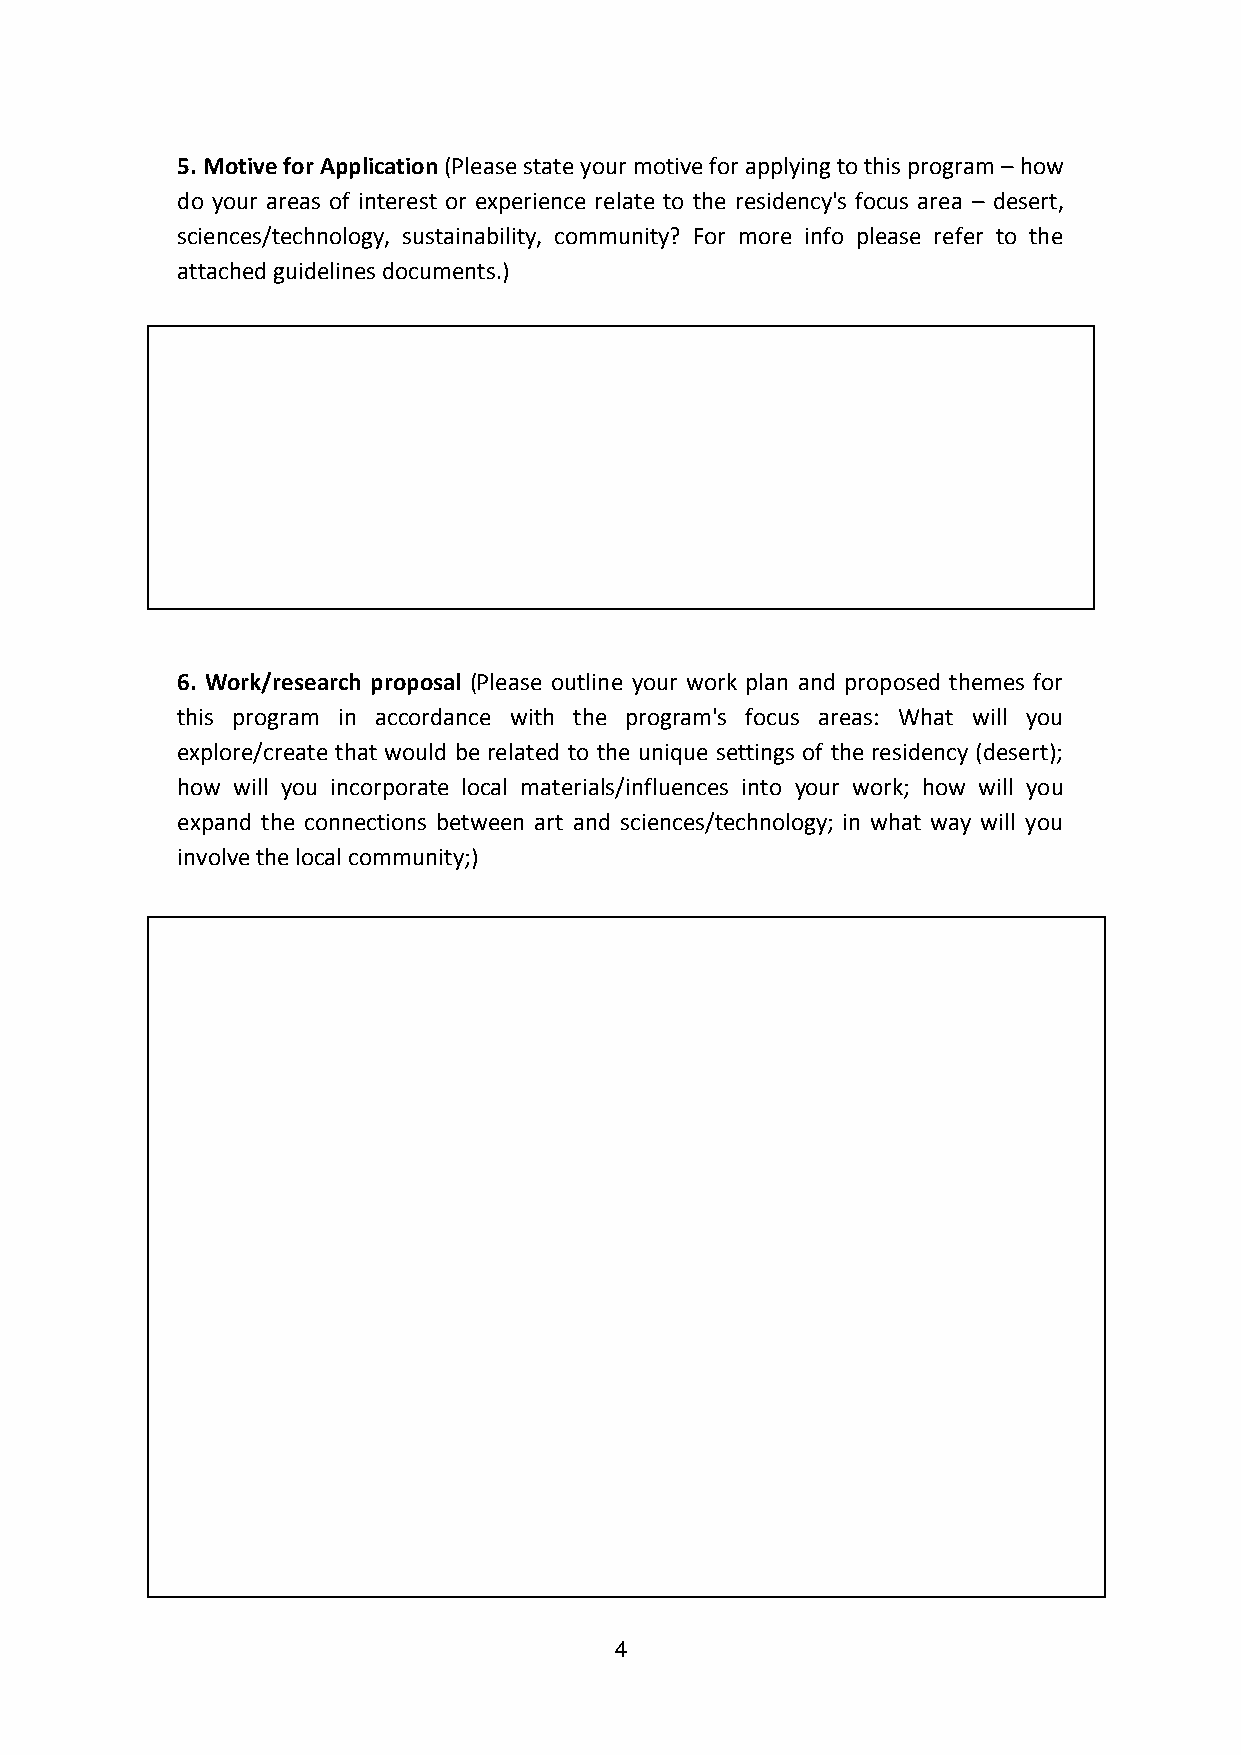
5. Motive for Application (Please state your motive for applying to this program – how
 do your areas of interest or experience relate to the residency's focus area – desert,
 sciences/technology, sustainability, community? For more info please refer to the
 attached guidelines documents.)
 6. Work/research proposal (Please outline your work plan and proposed themes for
 this program in accordance with the program's focus areas: What will you
 explore/create that would be related to the unique settings of the residency (desert);
 how will you incorporate local materials/influences into your work; how will you
 expand the connections between art and sciences/technology; in what way will you
 involve the local community;)
 4